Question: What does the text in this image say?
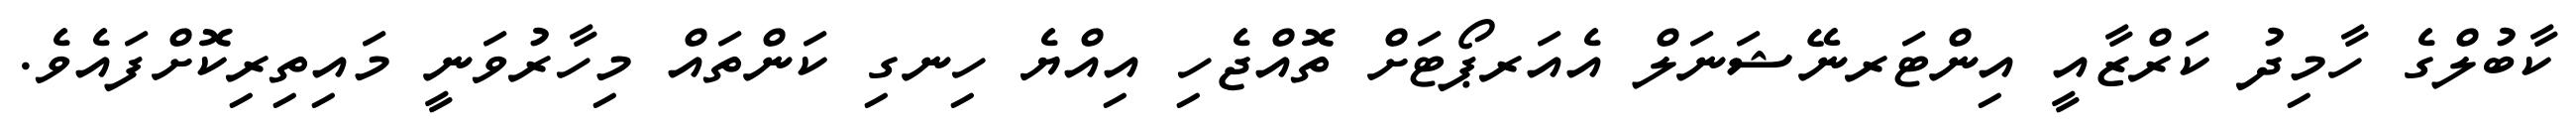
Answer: ކާބުލްގެ ހާމިދު ކަރްޒާއީ އިންޓަރނޭޝަނަލް އެއަރޕޯޓަށް ތޮއްޖެހި އިއްޔެ ހިނގި ކަންތައް މިހާރުވަނީ މައިތިރިކޮށްފައެވެ.